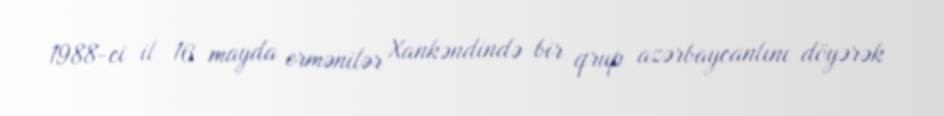
1988-ci il 16 mayda ermənilər Xankəndində bir qrup azərbaycanlını döyərək